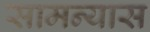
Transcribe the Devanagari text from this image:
सामन्यास